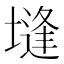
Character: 塳